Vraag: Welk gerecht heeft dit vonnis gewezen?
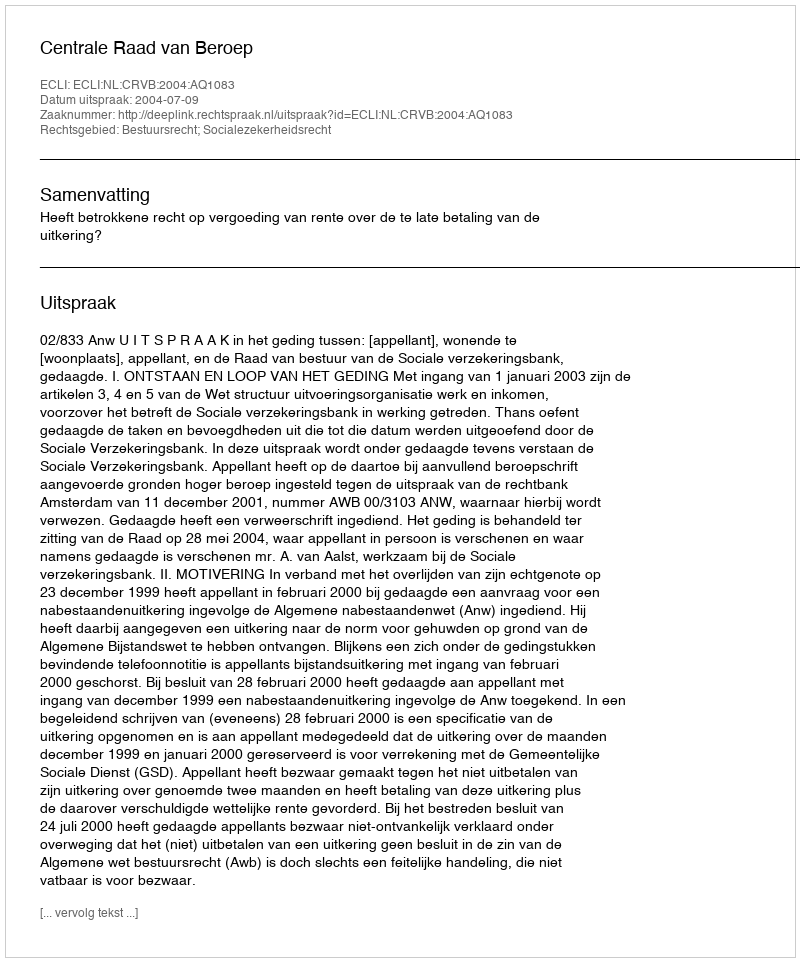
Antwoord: Centrale Raad van Beroep